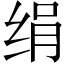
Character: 绢